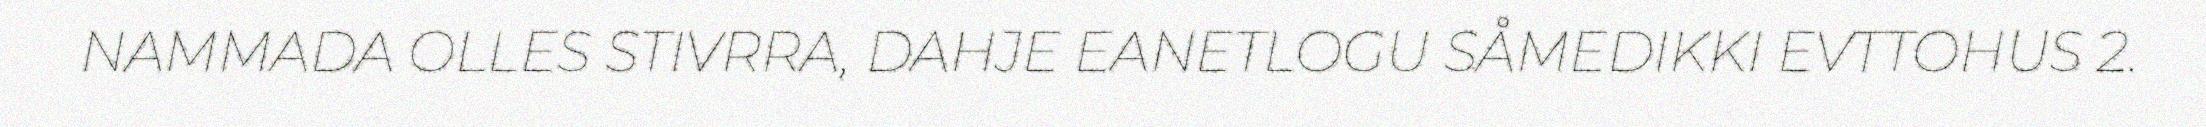
NAMMADA OLLES STIVRRA, DAHJE EANETLOGU SÅMEDIKKI EVTTOHUS 2.